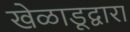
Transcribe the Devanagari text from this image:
खेळाडूद्वारा